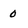
Character: 0